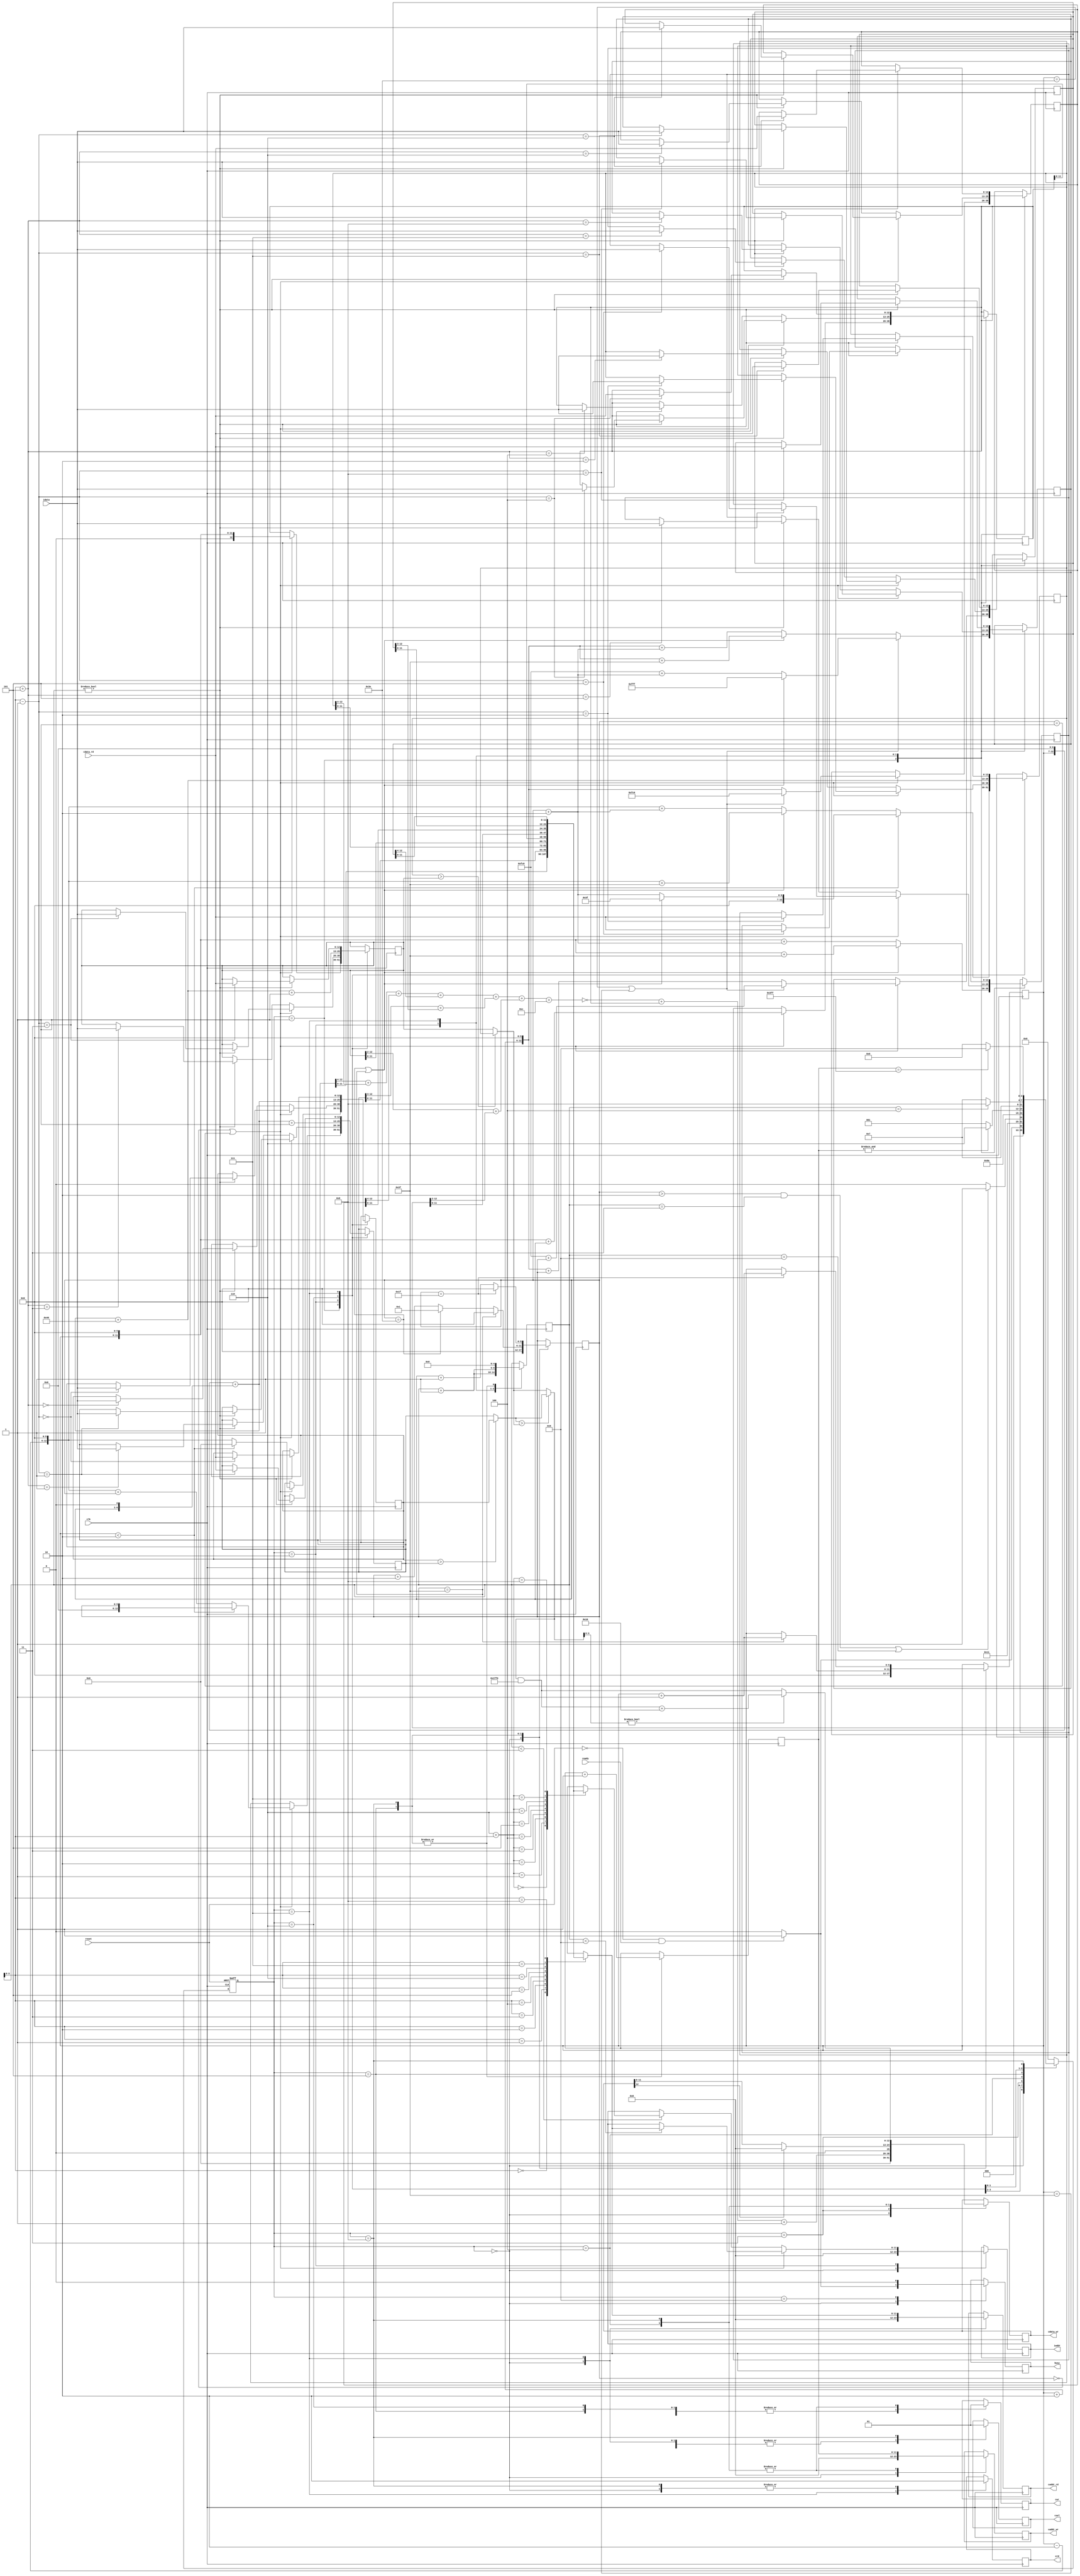
`timescale 1ns/10ps
module  ATCONV(
	input		clk,
	input		reset,
	output	reg	busy,	
	input		ready,	
			
	output reg	[11:0]	iaddr,
	input signed [12:0]	idata,
	
	output	reg 	cwr,
	output  reg	[11:0]	caddr_wr,
	output  reg [12:0] 	cdata_wr,
	
	output	reg 	crd,
	output reg	[11:0] 	caddr_rd,
	input 	[12:0] 	cdata_rd,
	
	output reg 	csel
	);

//=================================================
//            write your design below
//=================================================
reg [5:0] row,col;
reg [12:0] mutiqueue[8:0];

reg [11:0]  L0=0;
reg [4:0] 	count=0;

reg [3:0] state,nextState;
parameter S0=0, S1=1, S2=2 ,S3=3,S4=4,S5=5,S6=6,S7=7,S8=8,S9=9;

//========================================================
wire [12:0] w0=col-2;
wire [12:0] w1=row-2<<6;
wire [12:0] w2=w0+w1;
wire [12:0] w3=col+2;
wire [12:0] w4=row<<6;
wire [12:0] w5=13'd63;
wire [12:0] w6=13'd63<<6;
wire [12:0] w7=row+2<<6;


wire [12:0] w11=(row<<7)+(col<<1);
wire [12:0] w12=w11+12'd64;

wire [12:0] w13,w14,w15;

assign w13=mutiqueue[0]>mutiqueue[1]?mutiqueue[0]:mutiqueue[1];
assign w14=mutiqueue[2]>mutiqueue[3]?mutiqueue[2]:mutiqueue[3];
assign w15=w13>w14?w13:w14;

always @(*) begin
    case(state)
        S0:begin
			if(~reset & ready)nextState<=S1;
            else nextState <= S0;
        end
        S1:begin
            nextState = S2;
        end
        S2:begin
			if((col>2 && count==3) || count==9) nextState = S3;
            else nextState = S2;
        end
		S3:begin
			nextState = S4;
        end
		S4:begin
			nextState = S5;
        end
		S5:begin
			if(&L0) nextState = S6;
		 	else	nextState = S1;
		end
		S6:begin
			nextState = S7;
        end
		S7:begin
            if(count==4) nextState = S8;
		 	else	nextState = S7;
        end
		S8:begin
			if(L0==1023) nextState = S9;
		 	else	nextState = S6;
		end
        default:begin
            nextState = S0;
        end
    endcase
end

always @(posedge clk or posedge reset) begin
    if(reset) state <= S0;
    else state <= nextState;
end
//==FSM=================================

always @(posedge clk) begin
	case (state)
		S0:begin//RstEverything
			busy<=0;
			iaddr<=0;
			crd<=0;caddr_rd<=0;
			cwr<=0;caddr_wr<=0;cdata_wr<=0;
			crd<=0;caddr_rd<=0;
			csel<=0;
			row<=0;col<=0;
			if(~reset & ready)busy<=1 ;								
		end
		S1:begin
			if (col==0|col==1) begin
				//0,1,3,4,6,7
				//[0]===============================================
				if (row<2) begin
					if (col==0|col==1) begin
						mutiqueue[0]<=0;
					end
					else begin
						mutiqueue[0]<=w0;
					end
				end 
				else if (col==0|col==1) begin
					mutiqueue[0]=w1;
				end
				else begin
					mutiqueue[0]<=w2;
				end
				//[1]==============================================	
				if (row<2) begin
					mutiqueue[1]<=col;	
				end
				else begin
					mutiqueue[1]<=w1+col;
				end
				//[3]==============================================	
				if (col==0|col==1) begin
					mutiqueue[3]<=w4;
				end
				else begin
					mutiqueue[3]<=w4+w0;
				end
				//[4]==============================================	
				mutiqueue[4]<=w4+col;
				//[6]==============================================	
				if (row==62|row==63) begin
					if (col==0|col==1) begin
						mutiqueue[6]<=w6;
					end
					else begin
						mutiqueue[6]<=w6+w0;
					end
				end 
				else if (col==0|col==1) begin
					mutiqueue[6]<=w7;
				end
				else begin
					mutiqueue[6]<=w7+w0;
				end
				//[7]==============================================	
				if (row==62|row==63) begin
					mutiqueue[7]<=w6+col;
				end
				else begin
					mutiqueue[7]<=w7+col;
				end
				//=================================================
			end
			else begin
				mutiqueue[0]<=mutiqueue[1];
				mutiqueue[1]<=mutiqueue[2];
				mutiqueue[3]<=mutiqueue[4];
				mutiqueue[4]<=mutiqueue[5];
				mutiqueue[6]<=mutiqueue[7];
				mutiqueue[7]<=mutiqueue[8];
			end
			//2,5,8			
			//[2]==============================================	
			if (row<2) begin
				if (col==62|col==63) begin
					mutiqueue[2]<=w5;
				end
				else begin
					mutiqueue[2]<=w3;
				end
			end 
			else if (col==62|col==63) begin
				mutiqueue[2]<=w1+w5;
			end
			else begin
				mutiqueue[2]<=w1+w3;
			end			
			//[5]==============================================	
			if (col==62|col==63) begin
				mutiqueue[5]<=w4+w5;
			end
			else begin
				mutiqueue[5]<=w4+w3;
			end			
			//[8]==============================================	
			if (row==62|row==63) begin
				if (col==62|col==63) begin
					mutiqueue[8]<=4095;
				end
				else begin
					mutiqueue[8]<=w6+w3;
				end
			end 
			else if (col==62|col==63) begin
				mutiqueue[8]<=w7+w5;
			end
			else begin
				mutiqueue[8]<=w7+w3;
			end
			//================================================
		end
		S2:begin
			if (col==0|col==1) begin
				if (count<9) begin
					iaddr<=mutiqueue[count];
				end	
				if (count) begin
				mutiqueue[count-1]<=idata;
				end	
			end
			else begin
				if (count<3) begin
					iaddr<=mutiqueue[6+count];
				end
				if (count) begin
				mutiqueue[count+5]<=idata;
				end	
			end						
			count<=count+5'b1;
		end
		S3:begin
			cdata_wr<=~(((mutiqueue[0][12:4])+(mutiqueue[2][12:4])+
					   (mutiqueue[6][12:4])+(mutiqueue[8][12:4]))+
					  ((mutiqueue[1][12:3])+(mutiqueue[7][12:3]))+
					  ((mutiqueue[3][12:2])+(mutiqueue[5][12:2]))+13'b1100)+
					    mutiqueue[4]+13'b1;
		end
		S4:begin
			if (cdata_wr[12]) begin
				cdata_wr<=0;
			end
			cwr<=1;csel<=0;caddr_wr<=L0;
		end
		S5:begin
			cwr<=0;
			L0<=L0+1;
			count<=0;
			if (col==63)begin
				col<=0;
				row<=row+13'b1;
			end 
			else if (col==62) begin
				col<=1;
			end
			else begin
				col<=col+13'b10;
			end
		end
		S6:begin
			cwr<=0;
			mutiqueue[0]<=w11;
			mutiqueue[1]<=w11+1;
			mutiqueue[2]<=w12;
			mutiqueue[3]<=w12+1;
		end
		S7:begin
			crd<=1;
			csel<=0;
			caddr_rd<=mutiqueue[count];
			if (count) begin
				mutiqueue[count-1]<=cdata_rd;
			end
			count<=count+1;
		end
		S8:begin
			cwr<=1;
			crd<=0;
			csel<=1;
			caddr_wr<=L0;
			L0<=L0+1;
			count<=0;

			if(col==31)begin
				col<=0;
				row<=row+1;
			end 
			else begin
				col<=col+1;
			end				

			if (w15[3:0]) begin
				cdata_wr<= (w15&13'h1ff0)+13'b10000;
			end
			else cdata_wr<=w15&13'h1ff0;
		end
		S9:begin
			busy<=0;
		end
	endcase
end
endmodule